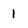
Character: 1